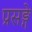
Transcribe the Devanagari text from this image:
प्रसङ्गे